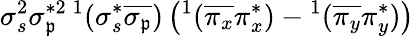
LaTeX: \sigma_{s}^{2}\sigma_{\mathfrak{p}}^{*2}{}\, ^{1}(\sigma_{s}^{*}\overline{{{\sigma_{\mathfrak{p}}}}})\left(^1(\overline{{{\pi_{x}}}}\pi_{x}^{*})-{}^{1}(\overline{{{\pi_{y}}}}\pi_{y}^{*})\right)